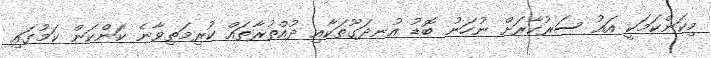
މިކަންކަމަކީ އައު ސަރުކާރަށް ނުހަނު ބޮޑު އުނދަގޫތަކާއި ދުއްތުރާތައް ކުރިމަތިވާނެ ކަންކަން ކަމުގައި